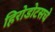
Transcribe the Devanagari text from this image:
हिरोडोटसचे